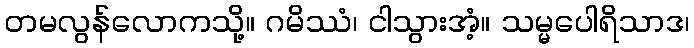
တမလွန်လောကသို့။ ဂမိဿံ၊ ငါသွားအံ့။ သမ္မပေါရိသာဒ၊